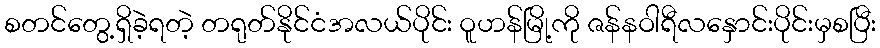
စတင်တွေ့ရှိခဲ့ရတဲ့ တရုတ်နိုင်ငံအလယ်ပိုင်း ဝူဟန်မြို့ကို ဇန်နဝါရီလနှောင်းပိုင်းမှစပြီး